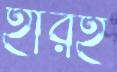
হারই